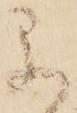
早